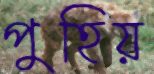
পুহিয়